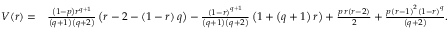
\begin{array} { r l } { V ( r ) = } & { \frac { \left( 1 - p \right) r ^ { q + 1 } } { \left( q + 1 \right) \left( q + 2 \right) } \left( r - 2 - \left( 1 - r \right) q \right) - \frac { \left( 1 - r \right) ^ { q + 1 } } { \left( q + 1 \right) \left( q + 2 \right) } \left( 1 + \left( q + 1 \right) r \right) + \frac { p \, r \left( r - 2 \right) } { 2 } + \frac { p \left( r - 1 \right) ^ { 2 } \left( 1 - r \right) ^ { q } } { \left( q + 2 \right) } . } \end{array}